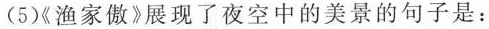
(5)渔家傲》展现了夜空中的美景的句子是：